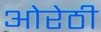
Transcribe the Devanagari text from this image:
ओरेठी